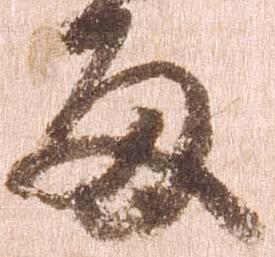
両